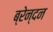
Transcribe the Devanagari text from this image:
ब्रेन्दन